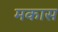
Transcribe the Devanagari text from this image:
मकास